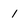
Character: 1